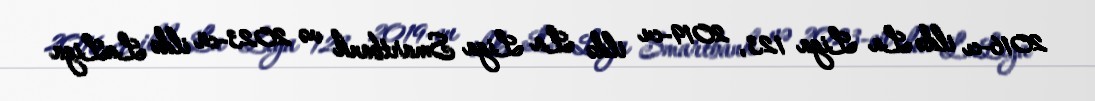
2016-cı ildə La Liga 123, 2019-cu ildə La Liga Smartbank və 2023-cü ildə LaLiga